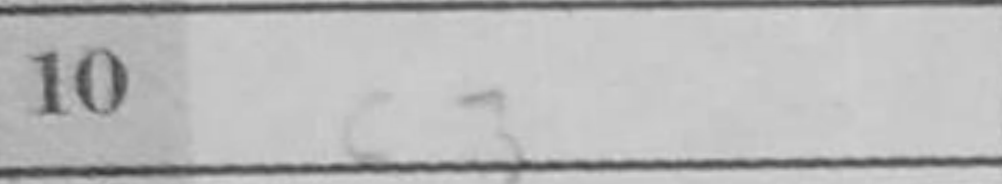
Transcription: c3